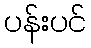
ပန်းပင်